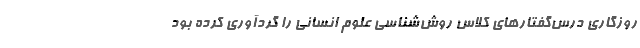
روزگاری درس‌گفتارهای کلاس روش‌شناسی علوم انسانی را گردآوری کرده بود